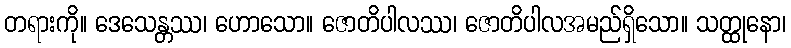
တရားကို။ ဒေသေန္တဿ၊ ဟောသော။ ဇောတိပါလဿ၊ ဇောတိပါလအမည်ရှိသော။ သတ္ထုနော၊